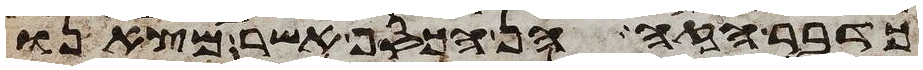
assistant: כדבר הזה הן הכסף אשר מצאנו